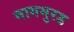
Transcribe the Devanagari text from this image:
नागमुरड